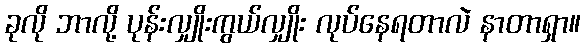
ခုလို ဘာလို့ ပုန်းလျှိုးကွယ်လျှိုး လုပ်နေရတာလဲ နာတာရှာ။